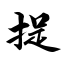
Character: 捉